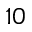
_ { 1 0 }